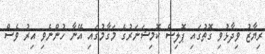
ރިޔާޒު ވިދާޅުވި ގޮތުގައި ޕޮލިސް ކޮމިޝަނަރުގެ މަގާމުގައި އޭނާ ހުންނެވި އިރު ވެސް